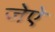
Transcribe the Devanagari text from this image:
जेऐ